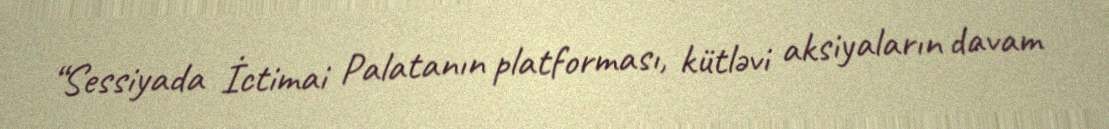
“Sessiyada İctimai Palatanın platforması, kütləvi aksiyaların davam